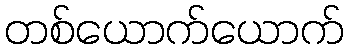
တစ်ယောက်ယောက်